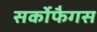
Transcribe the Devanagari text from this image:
सर्कोफैगस